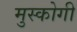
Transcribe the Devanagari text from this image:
मुस्कोगी